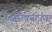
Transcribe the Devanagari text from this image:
जोरकसपणा